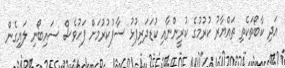
އަދި ކާބޯތަކެތި ތައްޔާރު ކުރުމުގެ ކުރީންނާއި ކުޑަދަރިފުޅު ސާފުކުރުމަށް ފަހުވެސް ސައިބޯނި ލައިގެން